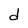
Character: d